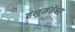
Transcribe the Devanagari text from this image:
हनुमंतेश्वर